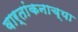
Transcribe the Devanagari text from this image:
वार्तांकनाच्या